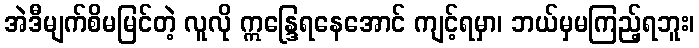
အဲဒီမျက်စိမမြင်တဲ့ လူလို ဣန္ဒြေရနေအောင် ကျင့်ရမှာ၊ ဘယ်မှမကြည့်ရဘူး၊